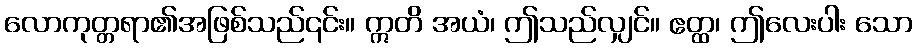
လောကုတ္တရာ၏အဖြစ်သည်၎င်း။ ဣတိ အယံ၊ ဤသည်လျှင်။ ဧတ္ထ၊ ဤလေးပါး သော